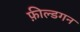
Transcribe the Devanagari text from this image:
फ़ील्डगन